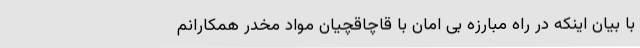
با بیان اینکه در راه مبارزه بی امان با قاچاقچیان مواد مخدر همکارانم